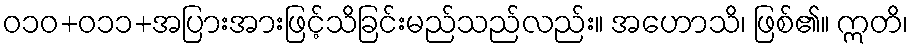
ဝ၁၀+၀၁၁+အပြားအားဖြင့်သိခြင်းမည်သည်လည်း။ အဟောသိ၊ ဖြစ်၏။ ဣတိ၊